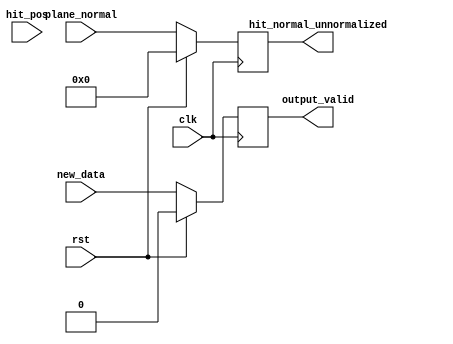
`timescale 1ns / 1ps
//////////////////////////////////////////////////////////////////////////////////
// Company: 
// Engineer: 
// 
// Design Name: 
// Module Name:    ray_plane_normal_pipeline 
// Project Name: 
// Target Devices: 
// Tool versions: 
// Description: 
//
// Dependencies: 
//
// Revision: 
// Revision 0.01 - File Created
// Additional Comments: 
//
//////////////////////////////////////////////////////////////////////////////////
//LATENCY: 1
module ray_plane_normal_pipeline(
		input clk,
		input rst,
		
		input[95:0] plane_normal,
		input[95:0] hit_pos,
		
		output reg[95:0] hit_normal_unnormalized,
		
		input new_data,
		output reg output_valid
    );
	 
	 always @(posedge clk) begin
		if(rst) begin
			hit_normal_unnormalized <= 0;
			output_valid <= 0;
		end else begin
			hit_normal_unnormalized <= plane_normal;
			output_valid <= new_data;
		end
	 end

endmodule